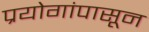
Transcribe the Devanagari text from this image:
प्रयोगांपासून